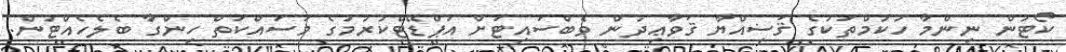
ކޯޓުން ނިންމާ ހުކުމްތަކުގެ ޤަޟިއްޔާ ޤަވާޢިދުން ވެބްސައިޓަށް އަޕްޑޭޓްކުރުމުގެ މަސައްކަތް ހިންގާ ބެލެހެއްޓުން.